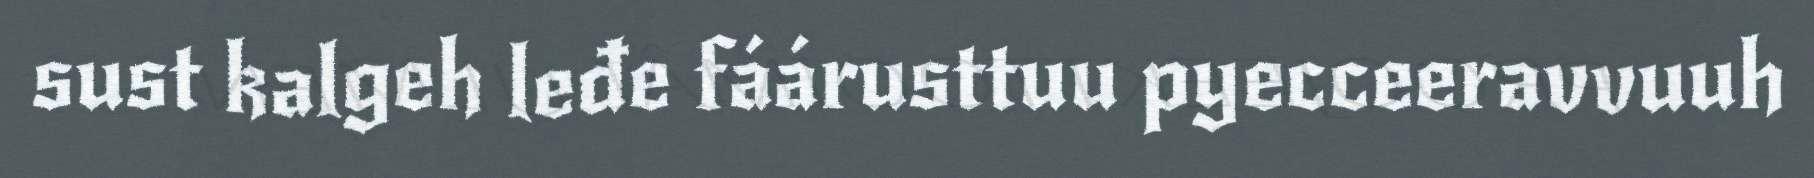
sust kalgeh leđe fáárusttuu pyecceeravvuuh